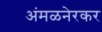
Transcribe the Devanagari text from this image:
अंमळनेरकर